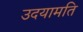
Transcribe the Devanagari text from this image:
उदयामति